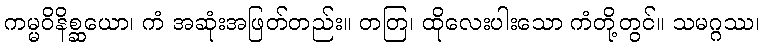
ကမ္မဝိနိစ္ဆယော၊ ကံ အဆုံးအဖြတ်တည်း။ တတြ၊ ထိုလေးပါးသော ကံတို့တွင်။ သမဂ္ဂဿ၊